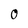
Character: 0